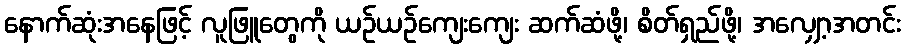
နောက်ဆုံးအနေဖြင့် လူဖြူတွေကို ယဉ်ယဉ်ကျေးကျေး ဆက်ဆံဖို့၊ စိတ်ရှည်ဖို့၊ အလျှော့အတင်း